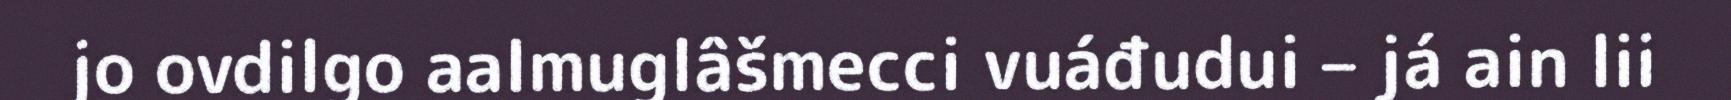
jo ovdilgo aalmuglâšmecci vuáđudui – já ain lii